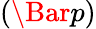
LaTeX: \left(\Bar p\right)